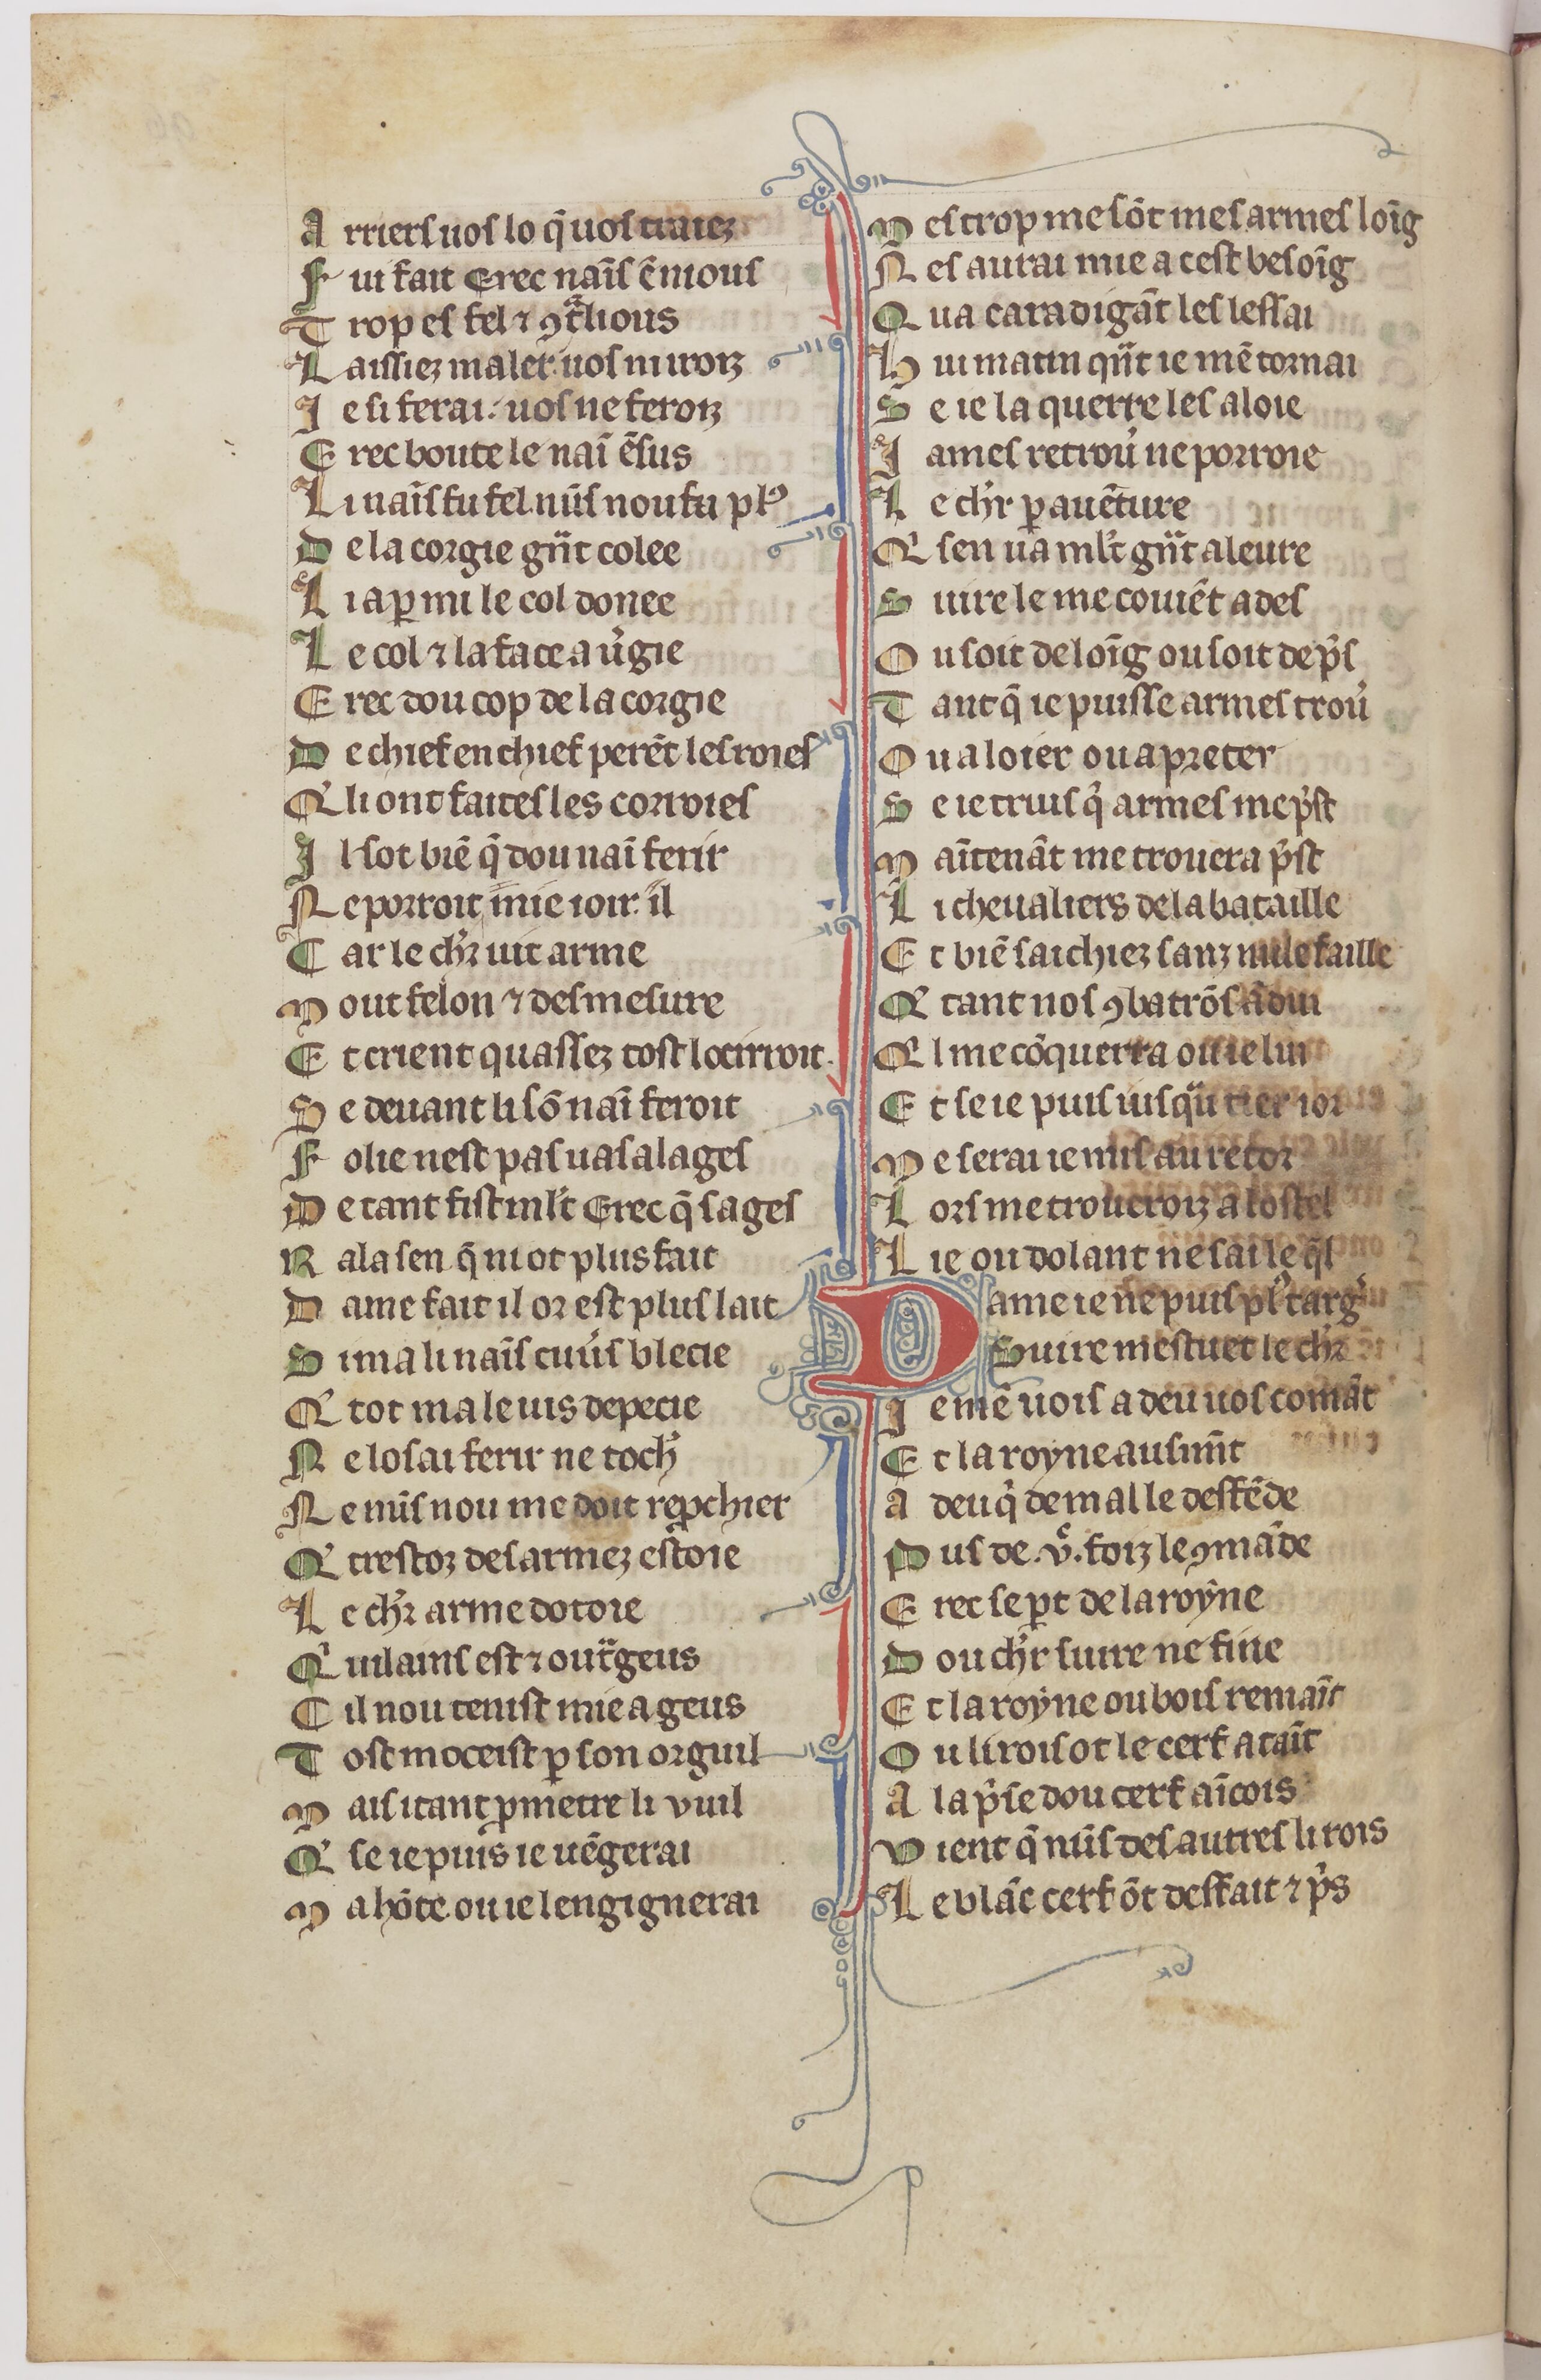
Shelfmark: Paris, BnF, fr. 1376
Century: 14